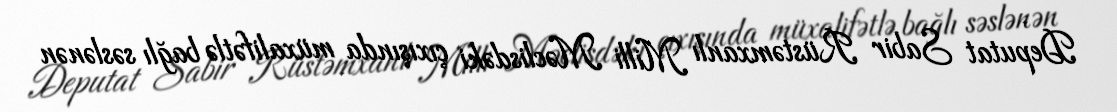
Deputat Sabir Rüstəmxanlı Milli Məclisdəki çıxışında müxalifətlə bağlı səslənən